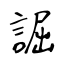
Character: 誳